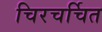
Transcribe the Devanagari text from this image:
चिरचर्चित